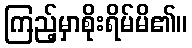
ကြည့်မှာစိုးရိမ်မိ၏။